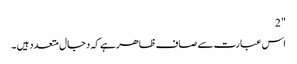
" 2
اس عبارت سے صاف ظاھر ہے کہ دجال متعدد ہیں ۔